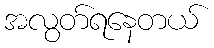
အလွတ်ရနေတယ်